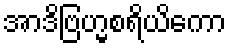
အာဒိဗြဟ္မစရိယိကော